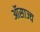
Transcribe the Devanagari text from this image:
ऑसाज्य